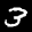
Label: 3